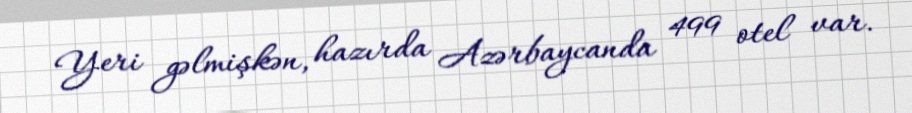
Yeri gəlmişkən, hazırda Azərbaycanda 499 otel var.